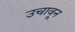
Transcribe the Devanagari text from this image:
उचावून